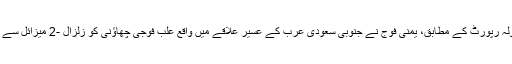
اتوار کو موصولہ رپورٹ کے مطابق، یمنی فوج نے جنوبی سعودی عرب کے عسیر علاقے میں واقع علب فوجی چھاؤنی کو زلزال -2 میزائل سے نشانہ بنایا ہے۔